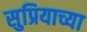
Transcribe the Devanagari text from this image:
सुप्रियाच्या